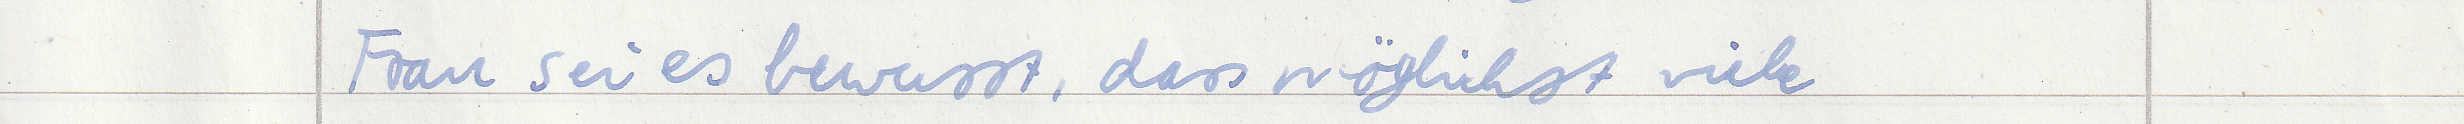
Frau sei es bewusst, dass möglichst viele